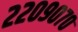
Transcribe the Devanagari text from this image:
२२०९०७०